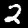
Label: 2